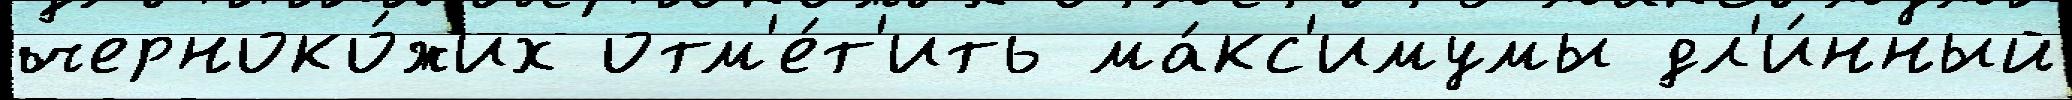
черноко́жих отм'е́т'ить ма́кс'имумы дл'и́нный